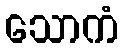
သောကံ